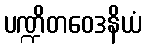
ပဏ္ဍိတဝေဒနိယံ